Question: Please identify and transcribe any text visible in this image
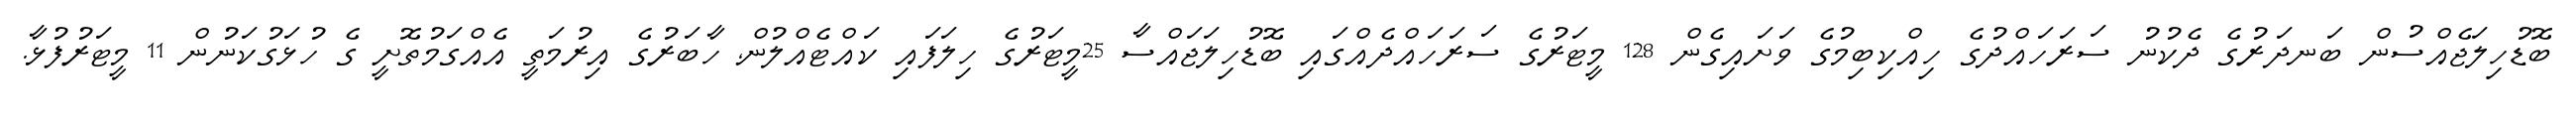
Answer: ބޮޑުހިލަޖެއްސުން ބަނދަރުގެ ދެކުނު ސަރަހައްދުގެ ހިއްކިބިމުގެ ވަށައިގެން 128 މީޓަރުގެ ސަރަހައްދެއްގައި ބޮޑުހިލަޖައްސާ 25މީޓަރުގެ ހިލަފައި ކައްޓެއްލުން, ހާބަރުގެ އިރުމަތީ އެއްގަމުތޮށީ ގެ ހުޅަގުކަނުން 11 މީޓަރުފުޅާ.